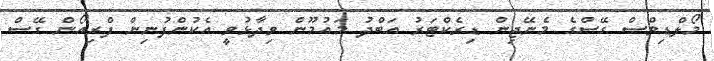
މޯލްޑިވްސް ގޭސްގެ މެނޭޖިން ޑިރެކްޓަރު އަަބްދު މައުމޫން ވިދާޅުވީ އެކުންފުނިން ފްރިއޯން ގޭސް